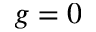
g = 0